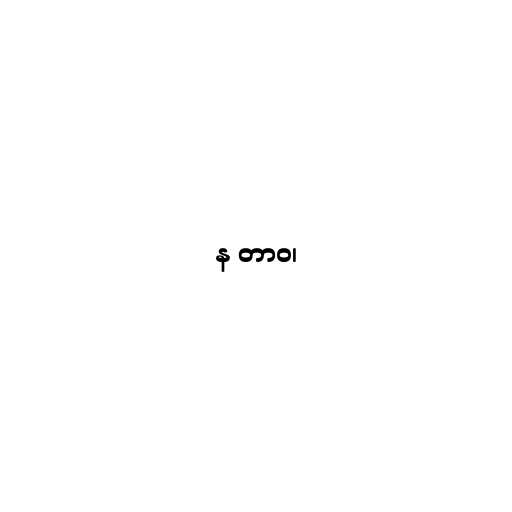
န တာဝ၊